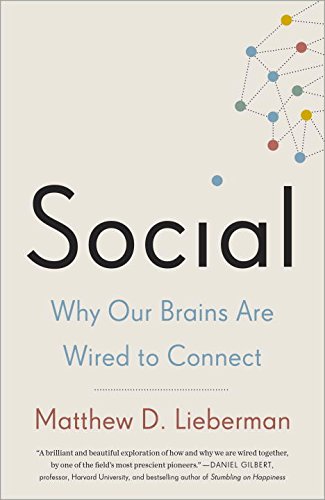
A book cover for Social: Why Our Brains Are Wired to Connect; Matthew D. Lieberman; Medical Books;